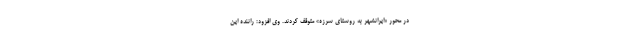
در محور «ایرانشهر به روستای سرزه» متوقف کردند. وی افزود: راننده این